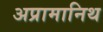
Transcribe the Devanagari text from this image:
अप्रामानिथ